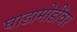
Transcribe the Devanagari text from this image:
घाडामोडींवर